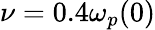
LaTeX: \nu=0.4\omega_{p}(0)